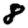
Digit: 8